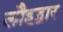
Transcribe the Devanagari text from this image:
लौहद्वार